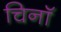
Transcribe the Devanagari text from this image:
चिनॉ